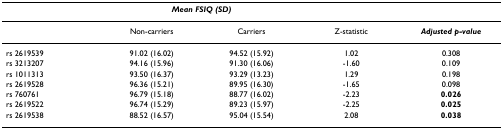
<table><thead><tr><td></td><td colspan="2"><b><i>Mean FSIQ (SD)</i></b></td><td></td><td></td></tr></thead><tbody><tr><td></td><td>Non-carriers</td><td>Carriers</td><td>Z-statistic</td><td><b><i>Adjusted p-value</i></b></td></tr><tr><td>rs 2619539</td><td>91.02 (16.02)</td><td>94.52 (15.92)</td><td>1.02</td><td>0.308</td></tr><tr><td>rs 3213207</td><td>94.16 (15.96)</td><td>91.30 (16.06)</td><td>-1.60</td><td>0.109</td></tr><tr><td>rs 1011313</td><td>93.50 (16.37)</td><td>93.29 (13.23)</td><td>1.29</td><td>0.198</td></tr><tr><td>rs 2619528</td><td>96.36 (15.21)</td><td>89.95 (16.30)</td><td>-1.65</td><td>0.098</td></tr><tr><td>rs 760761</td><td>96.79 (15.18)</td><td>88.77 (16.02)</td><td>-2.23</td><td><b>0.026</b></td></tr><tr><td>rs 2619522</td><td>96.74 (15.29)</td><td>89.23 (15.97)</td><td>-2.25</td><td><b>0.025</b></td></tr><tr><td>rs 2619538</td><td>88.52 (16.57)</td><td>95.04 (15.54)</td><td>2.08</td><td><b>0.038</b></td></tr></tbody></table>